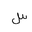
Letter: _sin